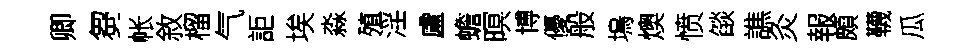
卿芻帐敘榴气詎埃淼殖淫盧蟾暝博優般塢燠愤燄譙灸報頗韈瓜